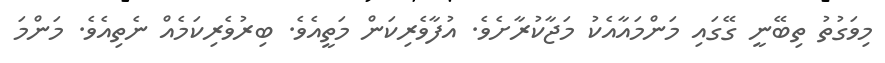
މިވަގުތު ތިބޭނީ ގޭގައި މަންމައާއެކު މަޖާކުރާށެވެ. އުފާވެރިކަން މަތީއެވެ. ބިރުވެރިކަމެއް ނެތިއެވެ. މަންމަ